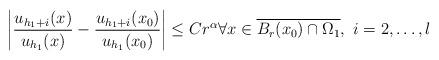
LaTeX: \begin{align*}\left|\frac{u_{h_1+i}(x)}{u_{h_1}(x)}-\frac{u_{h_1+i}(x_0)}{u_{h_1}(x_0)}\right|\leq C r^{\alpha} \forall x\in \overline{B_{r}(x_0)\cap \Omega_1},\ i=2,\ldots, l\end{align*}